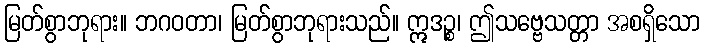
မြတ်စွာဘုရား။ ဘဂဝတာ၊ မြတ်စွာဘုရားသည်။ ဣဒဉ္စ၊ ဤသဗ္ဗေသတ္တာ အစရှိသော